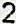
2